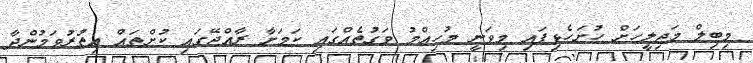
މިބިލް މަޖިލީހަށް ހުށަހެޅިފައި މިވަނީ މުހިއްމު ވަގުތެއްގައި ކަމަށާ ރާއްޖޭގައި ކުށްތައް އިތުރުވަމުންދާ